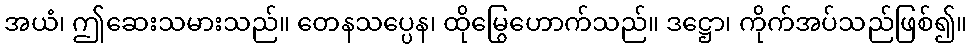
အယံ၊ ဤဆေးသမားသည်။ တေနသပ္ပေန၊ ထိုမြွေဟောက်သည်။ ဒဋ္ဌော၊ ကိုက်အပ်သည်ဖြစ်၍။